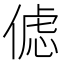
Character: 𰂦